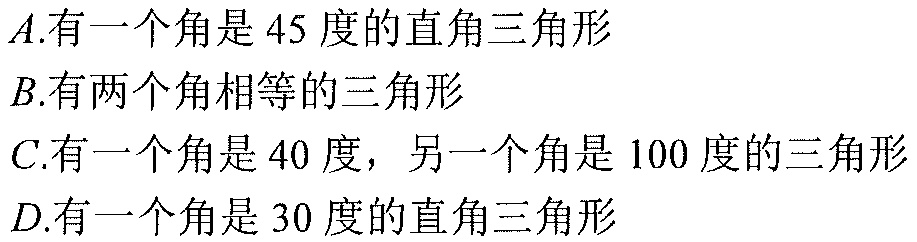
$A.有一个角是45度的直角三角形$
$B.有两个角相等的三角形$
$C.有一个角是40度，另一个角是100度的三角形$
$D.有一个角是30度的直角三角形$